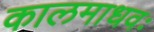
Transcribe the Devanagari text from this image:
कालमाधवः